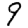
Digit: 9